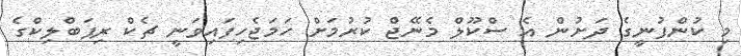
މި ކުންފުނީގެ ދަށުން އެ ސްކޫލް މެނޭޖް ކުރުމަށް ހަމަޖެހިފައިވަނީ ޗެކް ރިޕަބްލިކްގެ